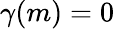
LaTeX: \gamma(m)=0